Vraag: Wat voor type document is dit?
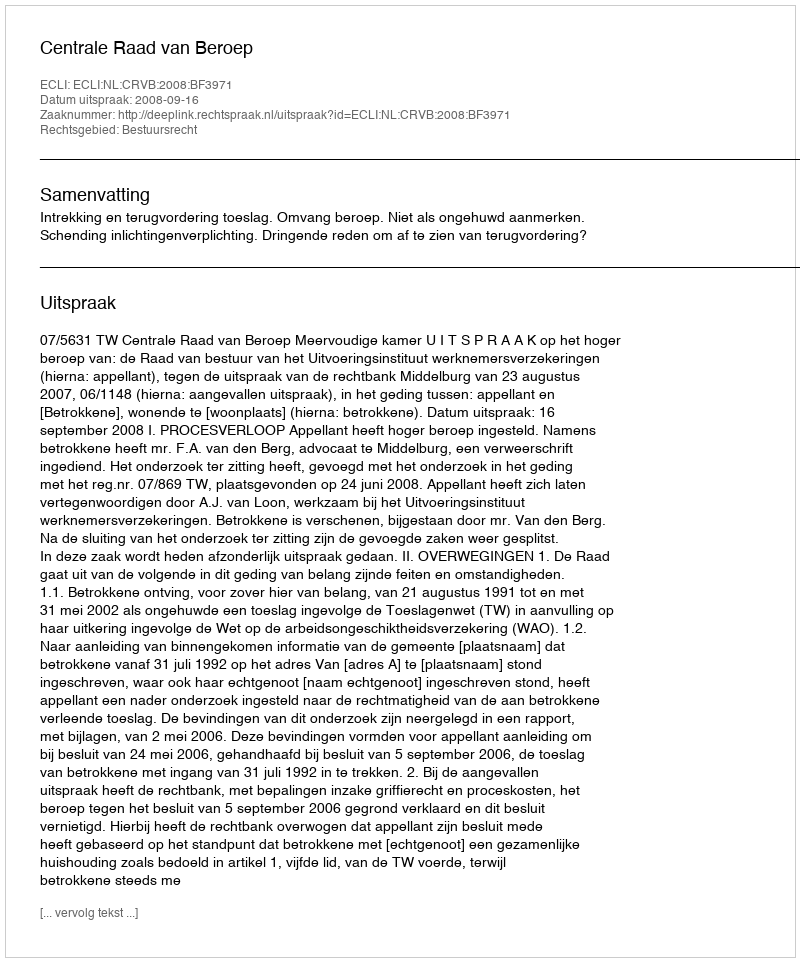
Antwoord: Uitspraak